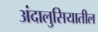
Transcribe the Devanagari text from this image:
अंदालुसियातील